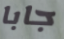
جابا